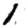
Digit: 1